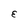
Character: E